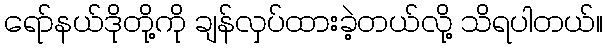
ရော်နယ်ဒိုတို့ကို ချန်လှပ်ထားခဲ့တယ်လို့ သိရပါတယ်။